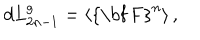
LaTeX: d L _ { 2 n - 1 } ^ { g } = \left\langle \mathrm { { \bf ~ F } } ^ { n } \right\rangle ,